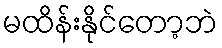
မထိန်းနိုင်တော့ဘဲ